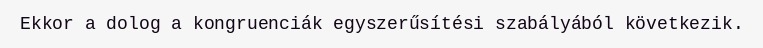
Ekkor a dolog a kongruenciák egyszerűsítési szabályából következik.